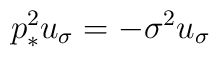
p_*^2u_{\sigma} =-\sigma^2 u_{\sigma}